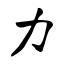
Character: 力